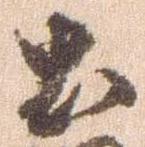
土